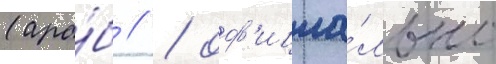
(ара́б // / оф'ициа́льно